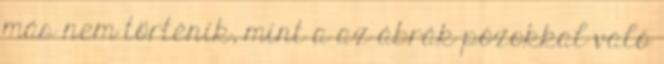
más nem történik, mint a az ábrák pózokkal való